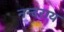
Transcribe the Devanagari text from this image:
नन्दराय